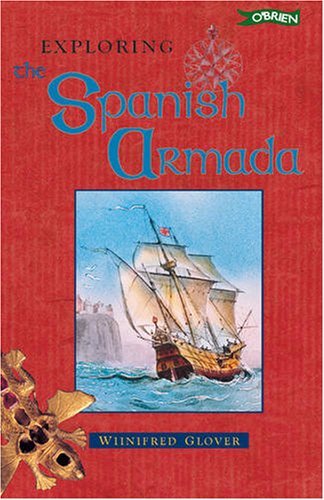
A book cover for Exploring the Spanish Armada (Exploring); Winifred Glover; Children's Books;